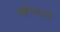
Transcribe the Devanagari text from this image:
मॊगाल